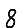
Digit: 8